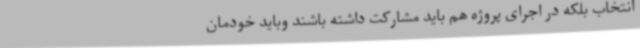
انتخاب بلکه در اجرای پروژه هم‌ باید مشارکت داشته باشند وباید خودمان